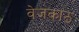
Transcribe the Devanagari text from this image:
वेजकाठ